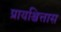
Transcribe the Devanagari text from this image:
प्रायश्चित्तास